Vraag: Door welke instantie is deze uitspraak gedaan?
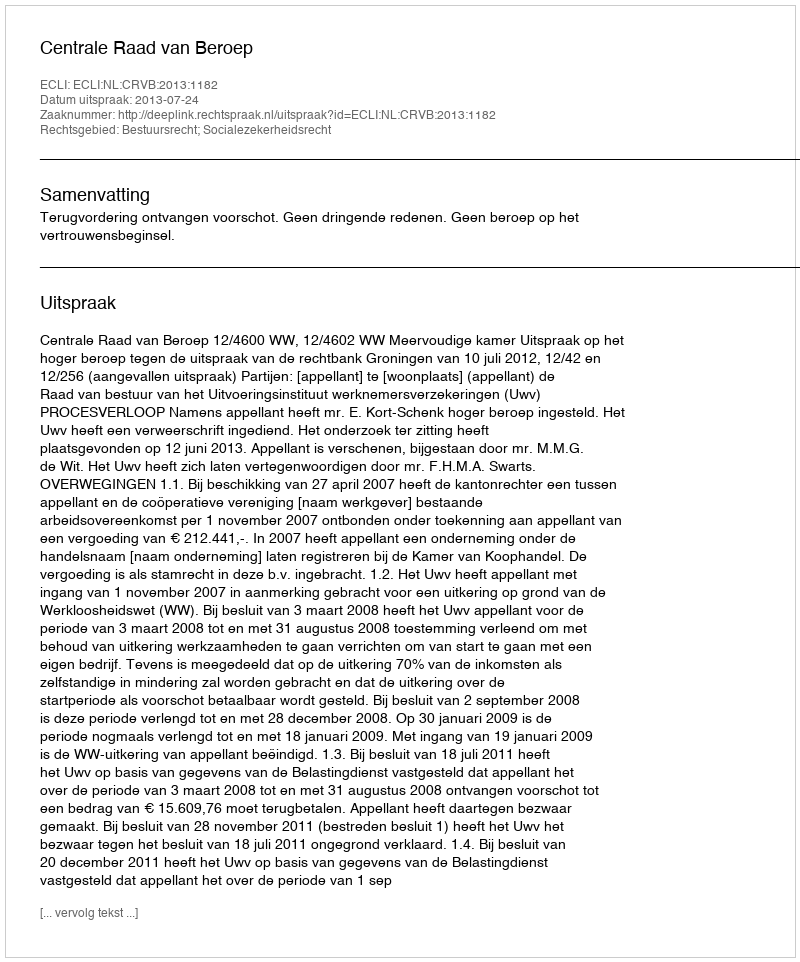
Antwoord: Centrale Raad van Beroep